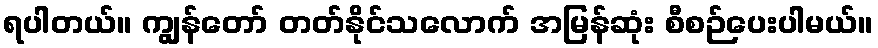
ရပါတယ်။ ကျွန်တော် တတ်နိုင်သလောက် အမြန်ဆုံး စီစဉ်ပေးပါမယ်။